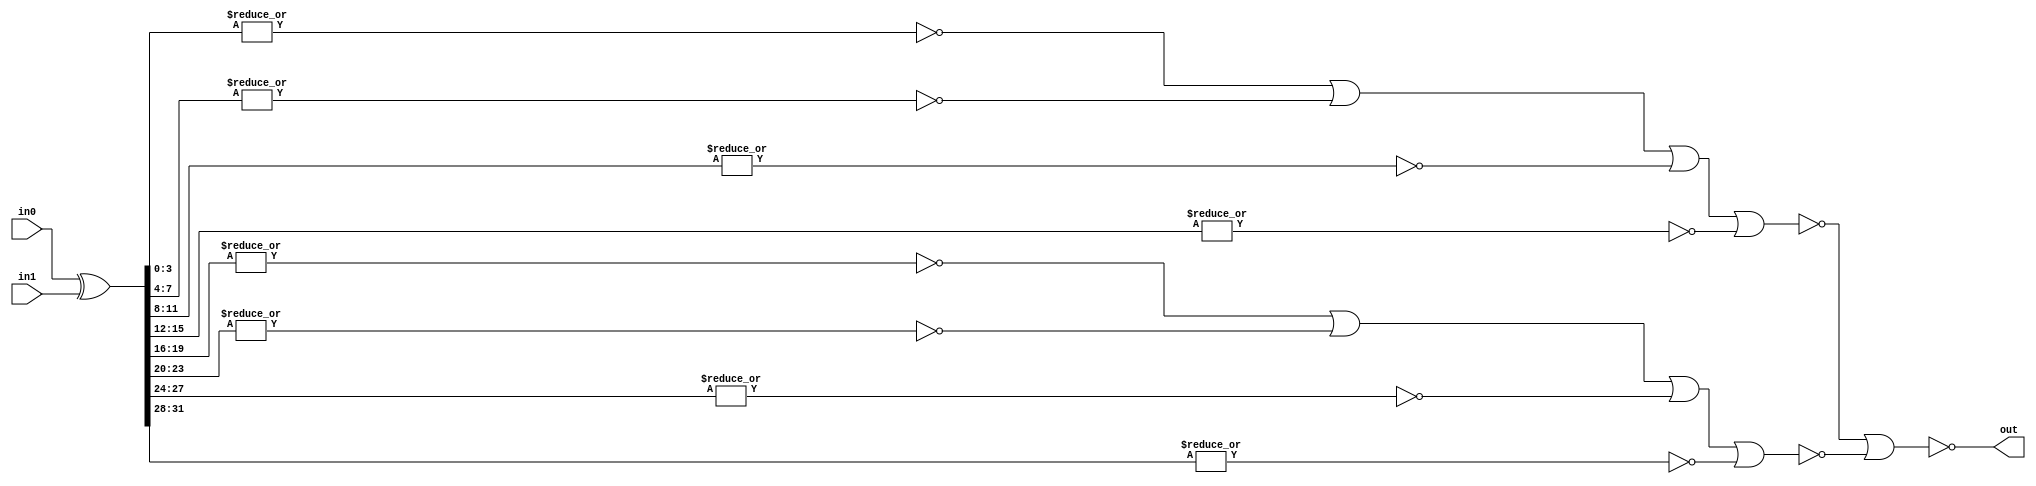

module vcEQComparator_test
(
  input  [31:0] in0,
  input  [31:0] in1,
  output        out
);

  wire [31:0] xor_results = in0 ^ in1;

  wire L0_0 = ~| xor_results[ 3: 0];
  wire L0_1 = ~| xor_results[ 7: 4];
  wire L0_2 = ~| xor_results[11: 8];
  wire L0_3 = ~| xor_results[15:12];  
  wire L0_4 = ~| xor_results[19:16];
  wire L0_5 = ~| xor_results[23:20];
  wire L0_6 = ~| xor_results[27:24];
  wire L0_7 = ~| xor_results[31:28];  

  wire L1_0 = ~ ( L0_0 | L0_1 | L0_2 | L0_3 );
  wire L1_1 = ~ ( L0_4 | L0_5 | L0_6 | L0_7 );

  wire L2_0 = ~ ( L1_0 | L1_1 );
                  
  assign out = L2_0;

endmodule